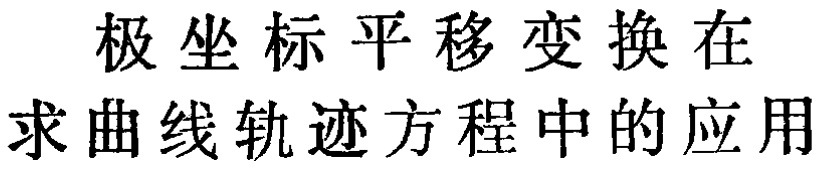
极坐标平移变换在求曲线轨迹方程中的应用